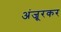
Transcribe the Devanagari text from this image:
अंजूरकर